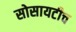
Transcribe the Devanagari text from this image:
सोसायटीच